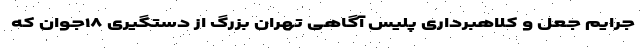
جرایم جعل و کلاهبرداری پلیس آگاهی تهران بزرگ از دستگیری ۱۸جوان که